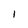
Character: 1